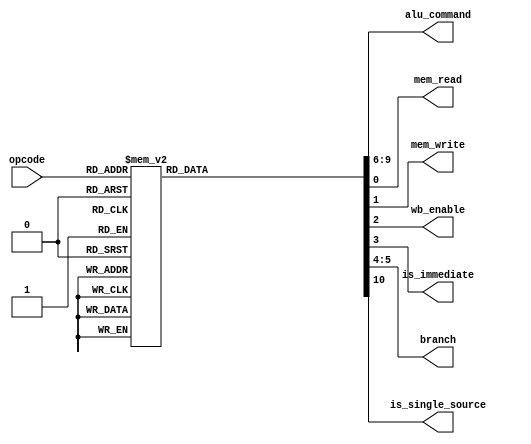
module Control_Unit
	(
		input [5:0] opcode, 
		output reg [3:0] alu_command,
		output reg mem_read, 
		output reg mem_write, 
		output reg wb_enable, 
		output reg is_immediate,
		output reg [1:0] branch,
		output reg is_single_source
	);
	always@(*)
	begin
		mem_read = 1'b0;
		mem_write = 1'b0;
		wb_enable = 1'b0;
		is_immediate = 1'b0;
		branch = 2'b0;
		alu_command = 4'b0;
		is_single_source = 1'b0;
	case(opcode)
		6'd0 :
			begin
			mem_read = 1'b0;
			mem_write = 1'b0;
			wb_enable = 1'b0;
			is_immediate = 1'b0;
			branch = 2'b0;
			alu_command = 4'bx;
			is_single_source = 1'b0;
			end
		6'd1 :
			begin
			mem_read = 1'b0;
			mem_write = 1'b0;
			wb_enable = 1'b1;
			is_immediate = 1'b0;
			branch = 2'b0;
			alu_command = 4'b0;
			is_single_source = 1'b0;
			end
		6'd3 :
			begin
			mem_read = 1'b0;
			mem_write = 1'b0;
			wb_enable = 1'b1;
			is_immediate = 1'b0;
			branch = 2'b0;
			alu_command = 4'b0010;
			is_single_source = 1'b0;
			end
		6'd5 :
			begin
			mem_read = 1'b0;
			mem_write = 1'b0;
			wb_enable = 1'b1;
			is_immediate = 1'b0;
			branch = 2'b0;
			alu_command = 4'b0100;
			is_single_source = 1'b0;
			end
		6'd6 :
			begin
			mem_read = 1'b0;
			mem_write = 1'b0;
			wb_enable = 1'b1;
			is_immediate = 1'b0;
			branch = 2'b0;
			alu_command = 4'b0101;
			is_single_source = 1'b0;
			end
		6'd7 :
			begin
			mem_read = 1'b0;
			mem_write = 1'b0;
			wb_enable = 1'b1;
			is_immediate = 1'b0;
			branch = 2'b0;
			alu_command = 4'b0110;
			is_single_source = 1'b0;
			end
		6'd8 :
			begin
			mem_read = 1'b0;
			mem_write = 1'b0;
			wb_enable = 1'b1;
			is_immediate = 1'b0;
			branch = 2'b0;
			alu_command = 4'b0111;
			is_single_source = 1'b0;
			end
		6'd9 :
			begin
			mem_read = 1'b0;
			mem_write = 1'b0;
			wb_enable = 1'b1;
			is_immediate = 1'b0;
			branch = 2'b0;
			alu_command = 4'b1000;
			end
		6'd10 :
			begin
			mem_read = 1'b0;
			mem_write = 1'b0;
			wb_enable = 1'b1;
			is_immediate = 1'b0;
			branch = 2'b0;
			alu_command = 4'b1000;
			is_single_source = 1'b0;
			end
		6'd11 :
			begin
			mem_read = 1'b0;
			mem_write = 1'b0;
			wb_enable = 1'b1;
			is_immediate = 1'b0;
			branch = 2'b0;
			alu_command = 4'b1001;
			is_single_source = 1'b0;
			end
		6'd12 :
			begin
			mem_read = 1'b0;
			mem_write = 1'b0;
			wb_enable = 1'b1;
			is_immediate = 1'b0;
			branch = 2'b0;
			alu_command = 4'b1010;
			is_single_source = 1'b0;
			end
		6'd32 :
			begin
			mem_read = 1'b0;
			mem_write = 1'b0;
			wb_enable = 1'b1;
			is_immediate = 1'b1;
			branch = 2'b0;
			alu_command = 4'b0;
			is_single_source = 1'b1;
			end
		6'd33 :
			begin
			mem_read = 1'b0;
			mem_write = 1'b0;
			wb_enable = 1'b1;
			is_immediate = 1'b1;
			branch = 2'b0;
			alu_command = 4'b0010;
			is_single_source = 1'b1;
			end
		6'd36 :
			begin
			mem_read = 1'b1;
			mem_write = 1'b0;
			wb_enable = 1'b1;
			is_immediate = 1'b1;
			branch = 2'b0;
			alu_command = 4'b0000;
			is_single_source = 1'b1;
			end
		6'd37 :
			begin
			mem_read = 1'b0;
			mem_write = 1'b1;
			wb_enable = 1'b0;
			is_immediate = 1'b1;
			branch = 2'b0;
			alu_command = 4'b0000;
			is_single_source = 1'b0;
			end
		6'd40 :
			begin
			mem_read = 1'b0;
			mem_write = 1'b0;
			wb_enable = 1'b0;
			is_immediate = 1'b1;
			branch = 2'b01;
			alu_command = 4'bx;
			is_single_source = 1'b1;
			end
		6'd41 :
			begin
			mem_read = 1'b0;
			mem_write = 1'b0;
			wb_enable = 1'b0;
			is_immediate = 1'b1;
			branch = 2'b10;
			alu_command = 4'bx;
			is_single_source = 1'b0;
			end
		6'd42 :
			begin
			mem_read = 1'b0;
			mem_write = 1'b0;
			wb_enable = 1'b0;
			is_immediate = 1'b1;
			branch = 2'b11;
			alu_command = 4'bx;
			is_single_source = 1'b1;
			end
	endcase
end

endmodule